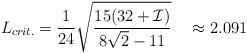
LaTeX: \begin{align*}L_{crit.} = \frac{1}{24} \sqrt{\frac{15 (32+{\cal I})}{8 \sqrt{2} -11}}~~~\approx 2.091\end{align*}